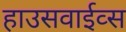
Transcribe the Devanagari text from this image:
हाउसवाईव्स